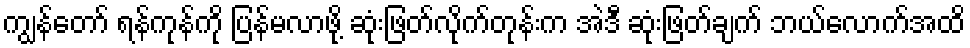
ကျွန်တော် ရန်ကုန်ကို ပြန်မလာဖို့ ဆုံးဖြတ်လိုက်တုန်းက အဲဒီ ဆုံးဖြတ်ချက် ဘယ်လောက်အထိ